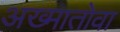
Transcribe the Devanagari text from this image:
अख्मातोवा